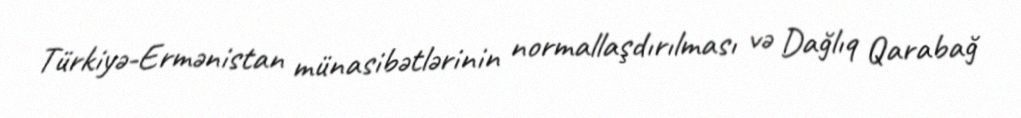
Türkiyə-Ermənistan münasibətlərinin normallaşdırılması və Dağlıq Qarabağ